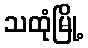
သထုံမြို့